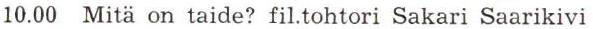
 10.00 Mitä on taide? fil.tohtori Sakari Saarikivi